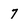
Character: 7